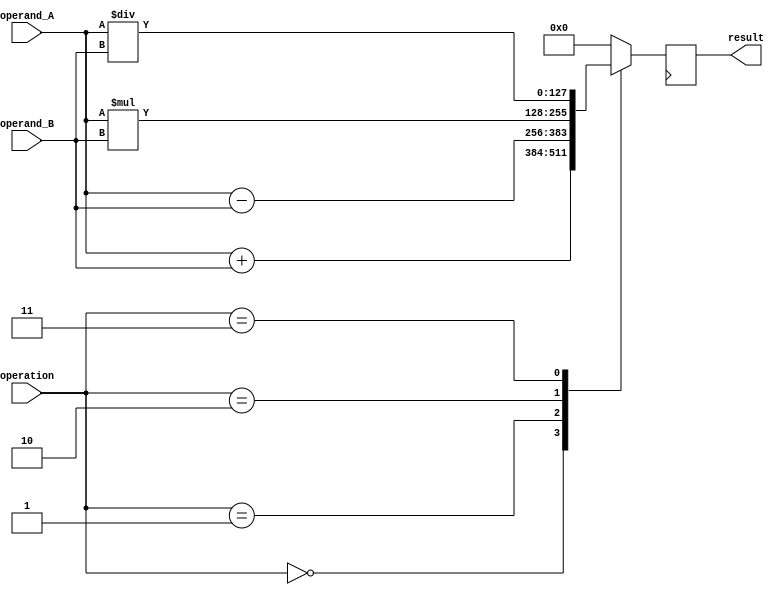
module extended_precision_fpu (
    input wire [127:0] operand_A,
    input wire [127:0] operand_B,
    input wire [3:0] operation,
    output reg [127:0] result
);

reg [127:0] intermediate_result;

always @ (operand_A or operand_B or operation) begin
    case (operation)
        4'b0000: intermediate_result = operand_A + operand_B; // addition
        4'b0001: intermediate_result = operand_A - operand_B; // subtraction
        4'b0010: intermediate_result = operand_A * operand_B; // multiplication
        4'b0011: intermediate_result = operand_A / operand_B; // division
        // Add other mathematical operations specific to floating point numbers here
        default: intermediate_result = 0; // no operation
    endcase
end

 always @ (posedge clk) begin
    result <= intermediate_result; // output result on next clock cycle
end

endmodule